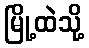
မြို့ထဲသို့